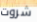
شروت